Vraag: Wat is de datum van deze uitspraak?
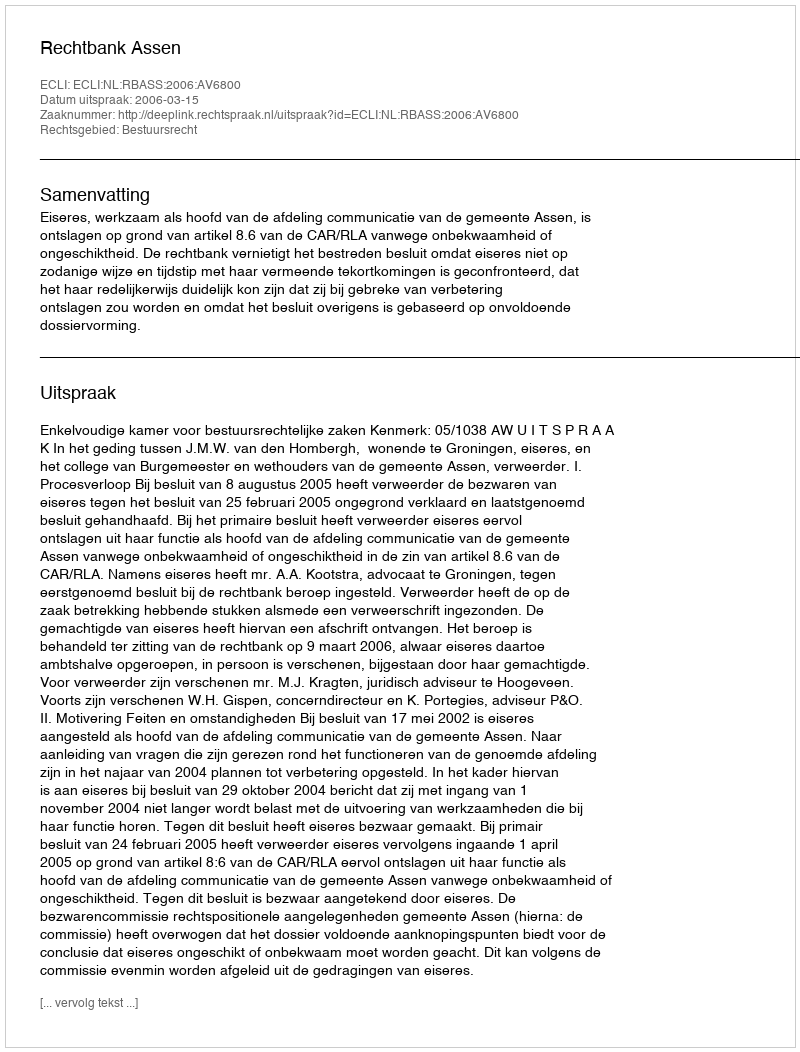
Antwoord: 2006-03-15